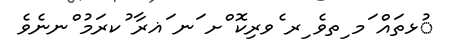
ުޅތައް ަމ ިތވެ ިރ ެވރިކޮ ްށ ަނ ަޣރާ ުކރަމު ްނނެވެ